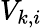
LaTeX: V_{k,i}